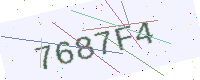
Text: 7687F4